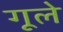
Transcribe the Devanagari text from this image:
गूले